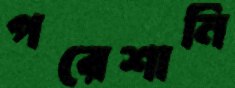
পরেশানি